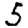
Digit: 5